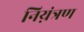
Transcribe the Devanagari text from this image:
निय़ंत्रण